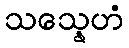
သသ္နေဟံ